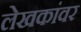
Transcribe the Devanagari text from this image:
लेखकांवर